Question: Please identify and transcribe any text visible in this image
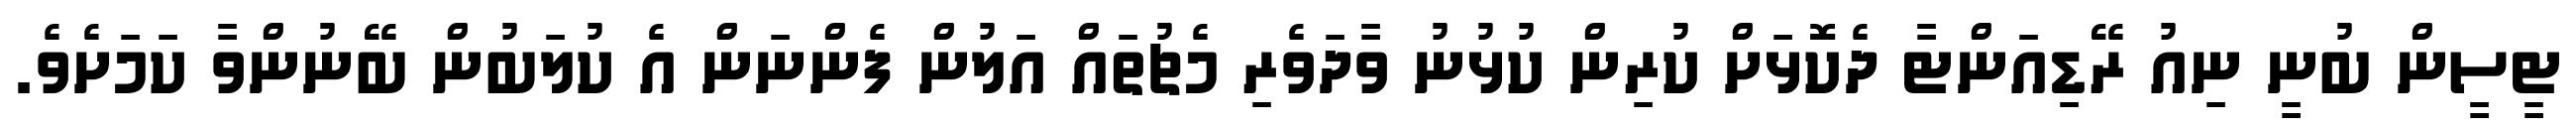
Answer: ޓީސީން ބުނީ ނިއު ރޭޑިއަންޓާ ދެކޮޅަށް ކުރިން ކުޅުނު ވާދަވެރި މެޗުތައް އަލުން ފެންނަން އެ ކުލަބުން ބޭނުންވާ ކަމަށެވެ.